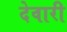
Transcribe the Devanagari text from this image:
देवारी